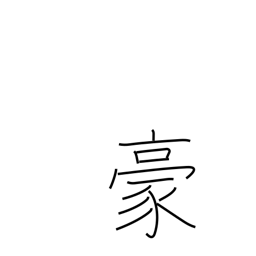
Meaning: overpowering